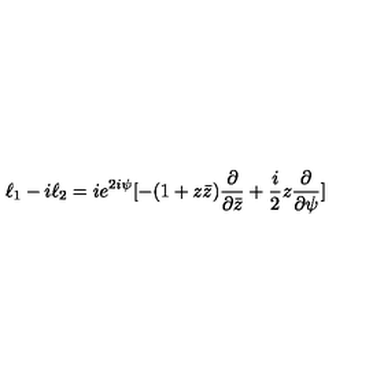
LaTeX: \ell _ { 1 } - i \ell _ { 2 } = i e ^ { 2 i \psi } [ - ( 1 + z \bar { z } ) \frac { \partial } { \partial \bar { z } } + \frac { i } { 2 } z \frac { \partial } { \partial \psi } ]